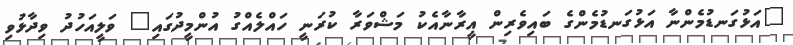
"އަޅުގަނޑުމެންނާ އަޅުގަނޑުމެންގެ ބައިވެރިން އީރާނާއެކު މަޝްވަރާ ކުރަނީ ހައްލެއްގު އުންމީދުގައި" ވަލީއަހުދު ވިދާޅުވި